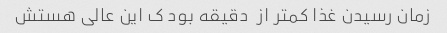
زمان رسیدن غذا کمتر از  دقیقه بود ک این عالی هستش